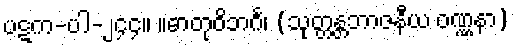
ပဋက-ပါ-၂၄၄။ ။ဓာတုဝိဘင်္ဂ၊ (သုတ္တန္တဘာဇနီယ ဝဏ္ဏနာ)